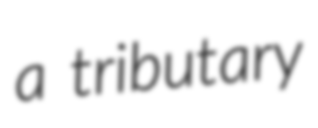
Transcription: a tributary